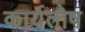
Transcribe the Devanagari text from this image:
कार्यतोष